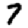
Digit: 7